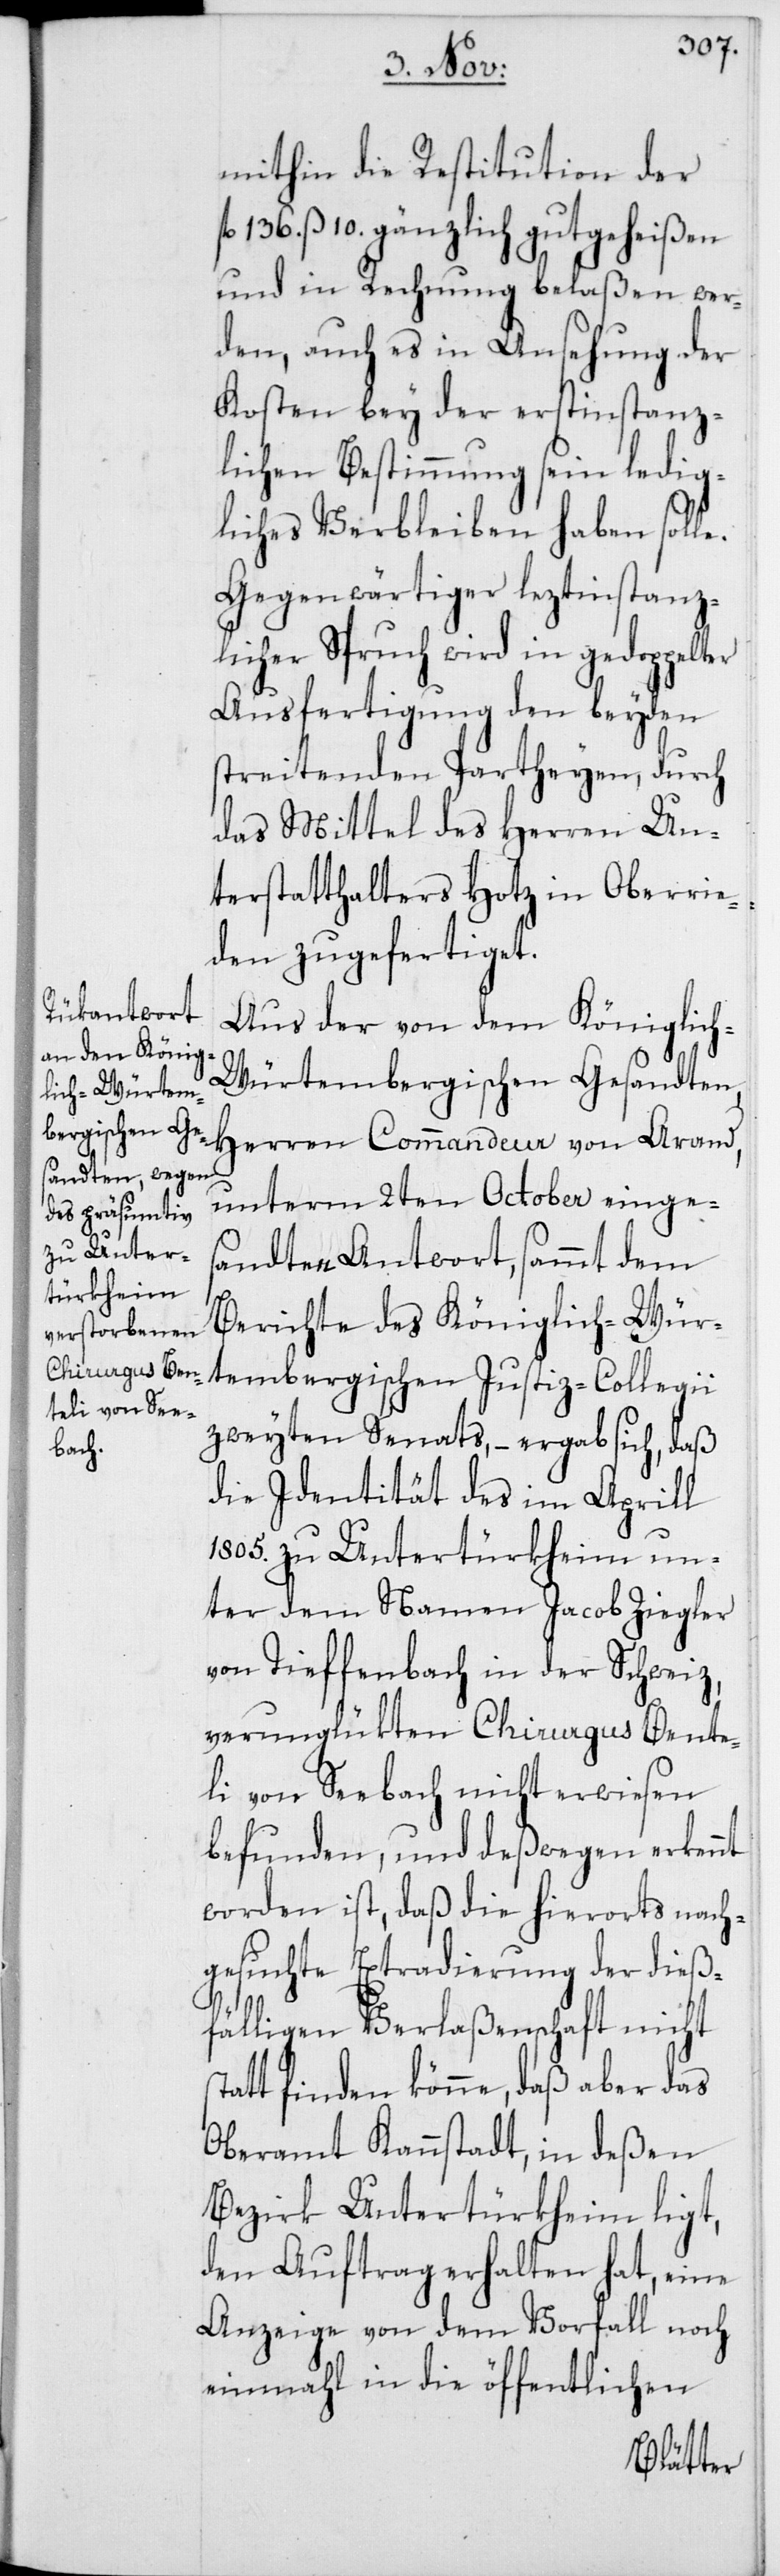
mithin die Restitution der
136. ß 10. gänzlich gutgeheißen
und in Rechnung belaßen wer¬
den, auch es in Ansehung der
Kosten bey der erstinstanz¬
lichen Bestimmung sein ledig¬
liches Verbleiben haben solle.
Gegenwärtiger leztinstanz¬
licher Spruch wird in gedoppe¬
Ausfertigung den beyden
streitenden Partheyen, durch
das Mittel des Herren Un¬
terstatthalters Hotz in Oberrie¬
den zugefertiget.
Aus der von dem Königlic¬
h-Würtembergischen Gesandten,
Herren Commandeur von Arand,
unterm 2ten October einges¬
andten Antwort, sammt dem
s¬
Berichte des Königlich-Wür¬
tembergischen Justiz-Collegii
zweyten Senats, – ergab sich, daß
die Identität des im Aprill
1805. zu Untertürkheim un¬
ter dem Namen Jacob Ziegler
von Tieffenbach in der Schweiz,
verunglükten Chirurgus Bente¬
li von Seebach nicht erwiesen
befunden, und deswegen erkennt
worden ist, daß die hierorts nach¬
gesuchte Extradierung der dieß¬
fälligen Verlaßenschaft nicht
tatt finden könne, daß aber das
Oberamt Kannstadt, in deßen
Bezirk Untertürkheim ligt,
den Auftrag erhalten hat, eine
Anzeige von dem Vorfall noch
einmahl in die öffentlichen
lter